Problem: 8 × 9 = ?
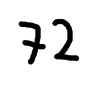
Handwritten answer: 72